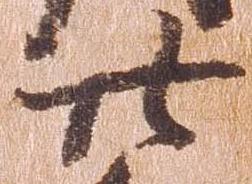
廿